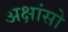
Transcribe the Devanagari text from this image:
अक्षांसो